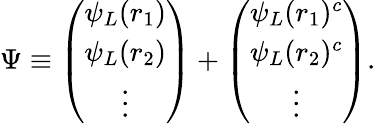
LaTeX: \Psi\equiv\left(\begin{array}{c}{{\psi_{L}(r_{1})}}\\ {{\psi_{L}(r_{2})}}\\ {{\vdots}}\end{array}\right)+\left(\begin{array}{c}{{{\psi_{L}}(r_{1})^{c}}}\\ {{{\psi_{L}}(r_{2})^{c}}}\\ {{\vdots}}\end{array}\right).